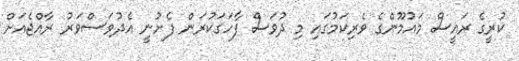
ކުރީގެ ރައީސް މައުމޫންގެ ވެރިކަމުގައި މި ދުވަސް ފާހަގަކުރަން ފެށުނީ އެދުވަސްވަރު ރާއްޖެއަށް